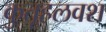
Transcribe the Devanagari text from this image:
कुतूहलवश